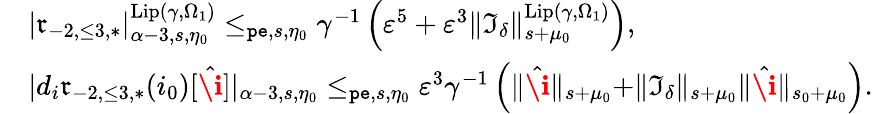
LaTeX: \begin{array}{rl}&{|\mathfrak{r}_{-2,\le 3,*}|_{\alpha-3,s,\eta_{0}}^{\mathrm{Lip}(\gamma,\Omega_{1})}\le_{\mathtt{pe},s,\eta_{0}}\gamma^{-1}\left(\varepsilon^{5}+\varepsilon^{3}\rVert\mathfrak{I}_{\delta}\rVert_{s+\mu_{0}}^{\mathrm{Lip}(\gamma,\Omega_{1})}\right),}\\ &{|d_{i}\mathfrak{r}_{-2,\le 3,*}(i_{0})[\hat{\textbf{\i}}]|_{\alpha-3,s,\eta_{0}}\le_{\mathtt{pe},s,\eta_{0}}\varepsilon^{3}\gamma^{-1}\left(\rVert\hat{\textbf{\i}}\rVert_{s+\mu_{0}}+\rVert\mathfrak{I}_{\delta}\rVert_{s+\mu_{0}}\rVert\hat{\textbf{\i}}\rVert_{s_{0}+\mu_{0}}\right).}\end{array}